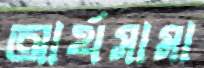
আর্থসামা